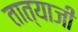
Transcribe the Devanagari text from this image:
तात्याजी